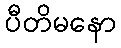
ပီတိမနော